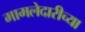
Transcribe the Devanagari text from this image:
मामलेदारीच्या